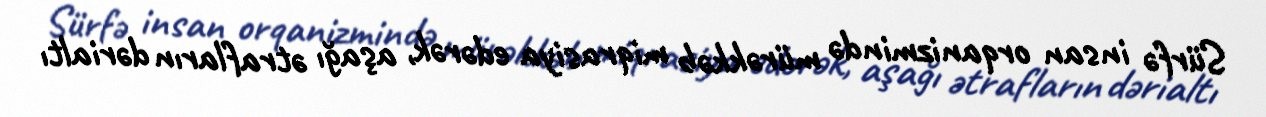
Sürfə insan orqanizmində mürəkkəb miqrasiya edərək, aşağı ətrafların dərialtı